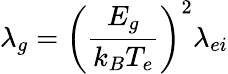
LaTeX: \lambda_{g}=\left(\frac{E_{g}}{k_{B}T_{e}}\right)^{2}\lambda_{ei}